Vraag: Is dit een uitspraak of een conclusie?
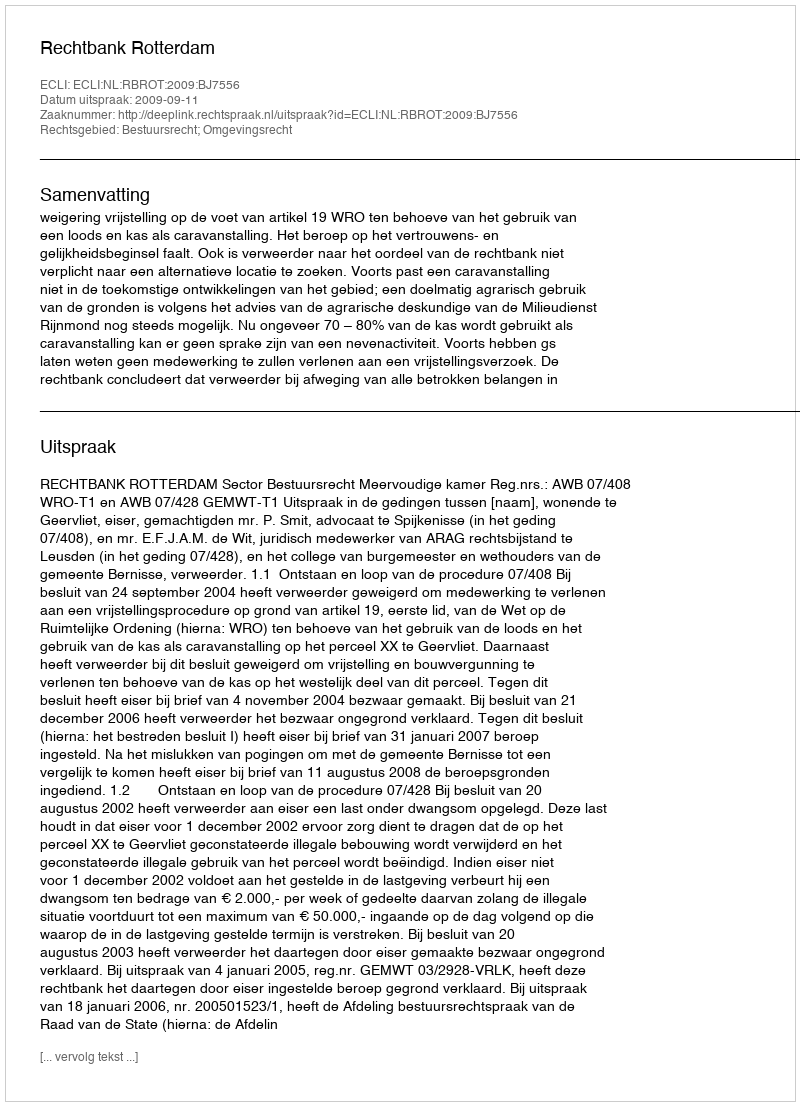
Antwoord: Uitspraak